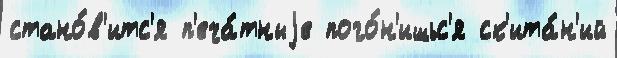
стано́в'итс'я п'еча́тныjе пого́н'ишьс'я ск'ита́н'ий